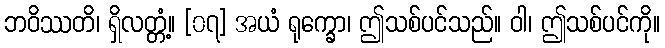
ဘဝိဿတိ၊ ရှိလတ္တံ့။ [၀၇] အယံ ရုက္ခော၊ ဤသစ်ပင်သည်။ ဝါ၊ ဤသစ်ပင်ကို။